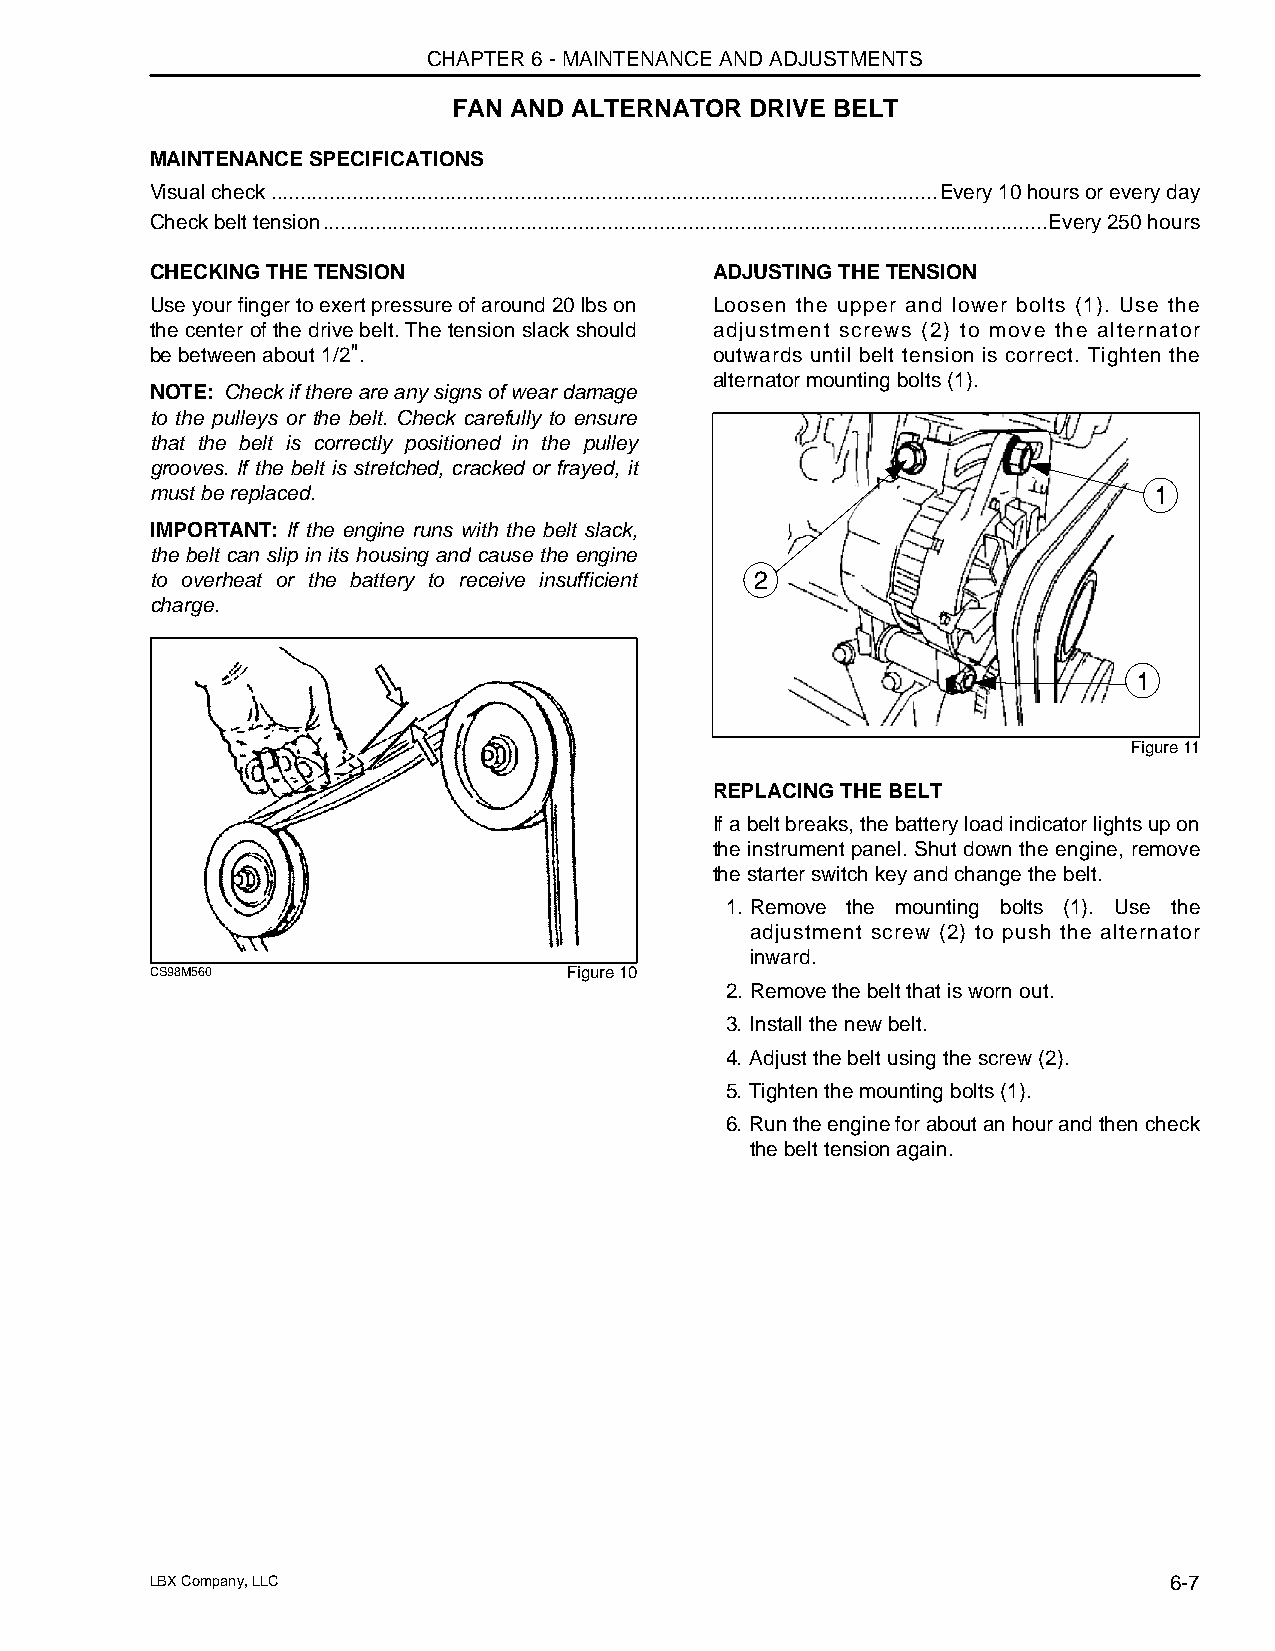
CHAPTER 6 - MAINTENANCE AND ADJUSTMENTS
 FAN AND ALTERNATOR  DRIVE BELT
 MAINTENANCE SPECIFICATIONS
 Visual check...................................................................................................................Every 10 hours or every day
 Check belt tension.............................................................................................................................Every 250 hours
 CHECKING THE TENSION                 ADJUSTING THE TENSION
 Use your finger to exert pressure of around 20 lbs on Loosen the upper and lower bolts (1). Use the
 the center of the drive belt. The tension slack should adjustment screws (2) to move the alternator
 be between about 1/2".               outwards until belt tension is correct. Tighten the
 alternator mounting bolts (1).
 NOTE: Check if there are any signs of wear damage
 to the pulleys or the belt. Check carefully to ensure
 that the belt is correctly positioned in the pulley
 grooves. If the belt is stretched, cracked or frayed, it
 must be replaced.                                                 1
 IMPORTANT: If the engine runs with the belt slack,
 the belt can slip in its housing and cause the engine
 to overheat or the battery to receive insufficient 2
 charge.
 1
 Figure 11
 REPLACING THE BELT
 If a belt breaks, the battery load indicator lights up on
 the instrument panel. Shut down the engine, remove
 the starter switch key and change the belt.
 1. Remove the mounting bolts (1). Use the
 adjustment screw (2) to push the alternator
 inward.
 CS98M560                    Figure 10
 2. Remove the belt that is worn out.
 3. Install the new belt.
 4. Adjust the belt using the screw (2).
 5. Tighten the mounting bolts (1).
 6. Run the engine for about an hour and then check
 the belt tension again.
 LBX Company, LLC                                                   6-7